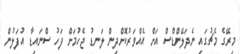
މިރޭގެ މެޗުގައި ނެދަލޭންޑްސް އަށް އެއްވަރުކޮށްދިން ލަނޑު ޖެހުމަށް ފަހު ސްނައިޑާ އުފަލުން